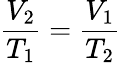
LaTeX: {\frac{V_{2}}{T_{1}}}={\frac{V_{1}}{T_{2}}}